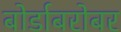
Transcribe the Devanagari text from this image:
बोर्डाबरोबर